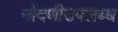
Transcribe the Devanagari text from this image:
नोंदणीउपलब्ध